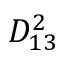
D _ { 1 3 } ^ { 2 }